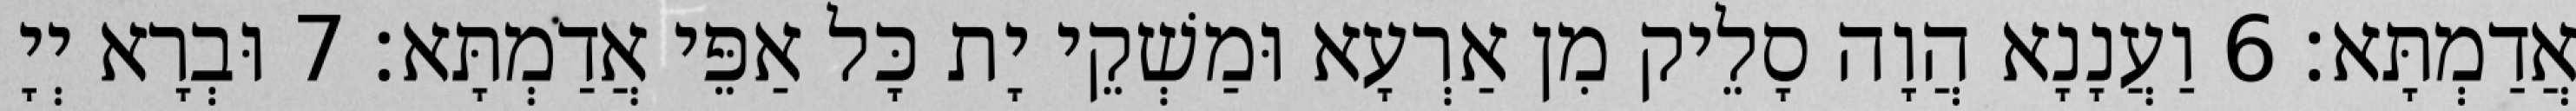
אֲדַמְתָּא׃ 6 וַעֲנָנָא הֲוָה סָלֵיק מִן אַרְעָא וּמַשְׁקֵי יָת כָּל אַפֵּי אֲדַמְתָּא׃ 7 וּבְרָא יְיָ